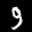
Label: 9